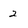
Character: 2